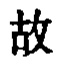
故